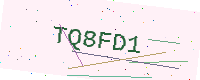
Text: TQ8FD1